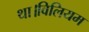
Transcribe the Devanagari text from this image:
था।विलियम